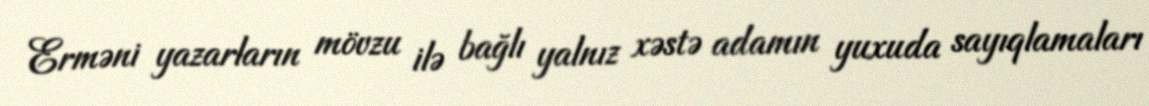
Erməni yazarların mövzu ilə bağlı yalnız xəstə adamın yuxuda sayıqlamaları